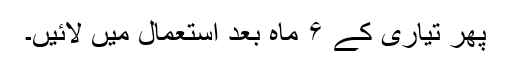
پھر تیاری کے ۶ ماہ بعد استعمال میں لائیں۔